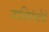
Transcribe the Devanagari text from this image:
जातिसंस्थेचे